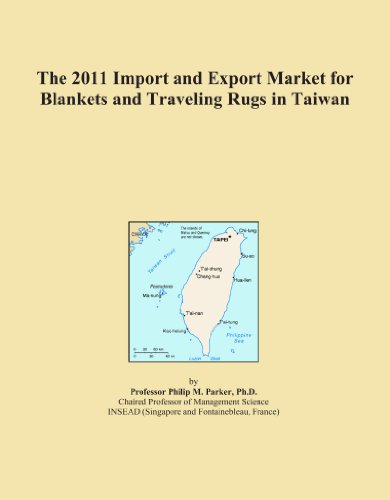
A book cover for The 2011 Import and Export Market for Blankets and Traveling Rugs in Taiwan; Icon Group International; Travel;